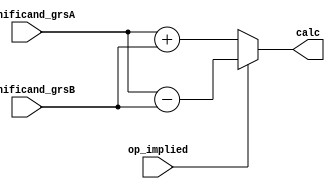
module p_calc(op_implied, significand_grsA, significand_grsB, calc);
    input wire op_implied;
    input wire [27:0] significand_grsA, significand_grsB;
    output wire [27:0] calc;

    assign calc = (op_implied) ? (significand_grsA - significand_grsB) : (significand_grsA + significand_grsB);
endmodule